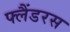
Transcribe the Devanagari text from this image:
फ्लैंडरस